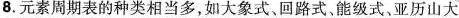
8.元素周期表的种类相当多，如大象式、回路式，能级式、亚历山大